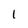
Character: 1